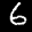
Label: 6